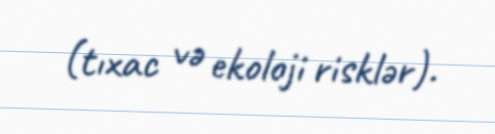
(tıxac və ekoloji risklər).